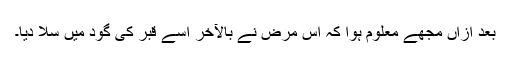
بعد ازاں مجھے معلوم ہوا کہ اس مرض نے بالآخر اسے قبر کی گود میں سُلا دیا۔